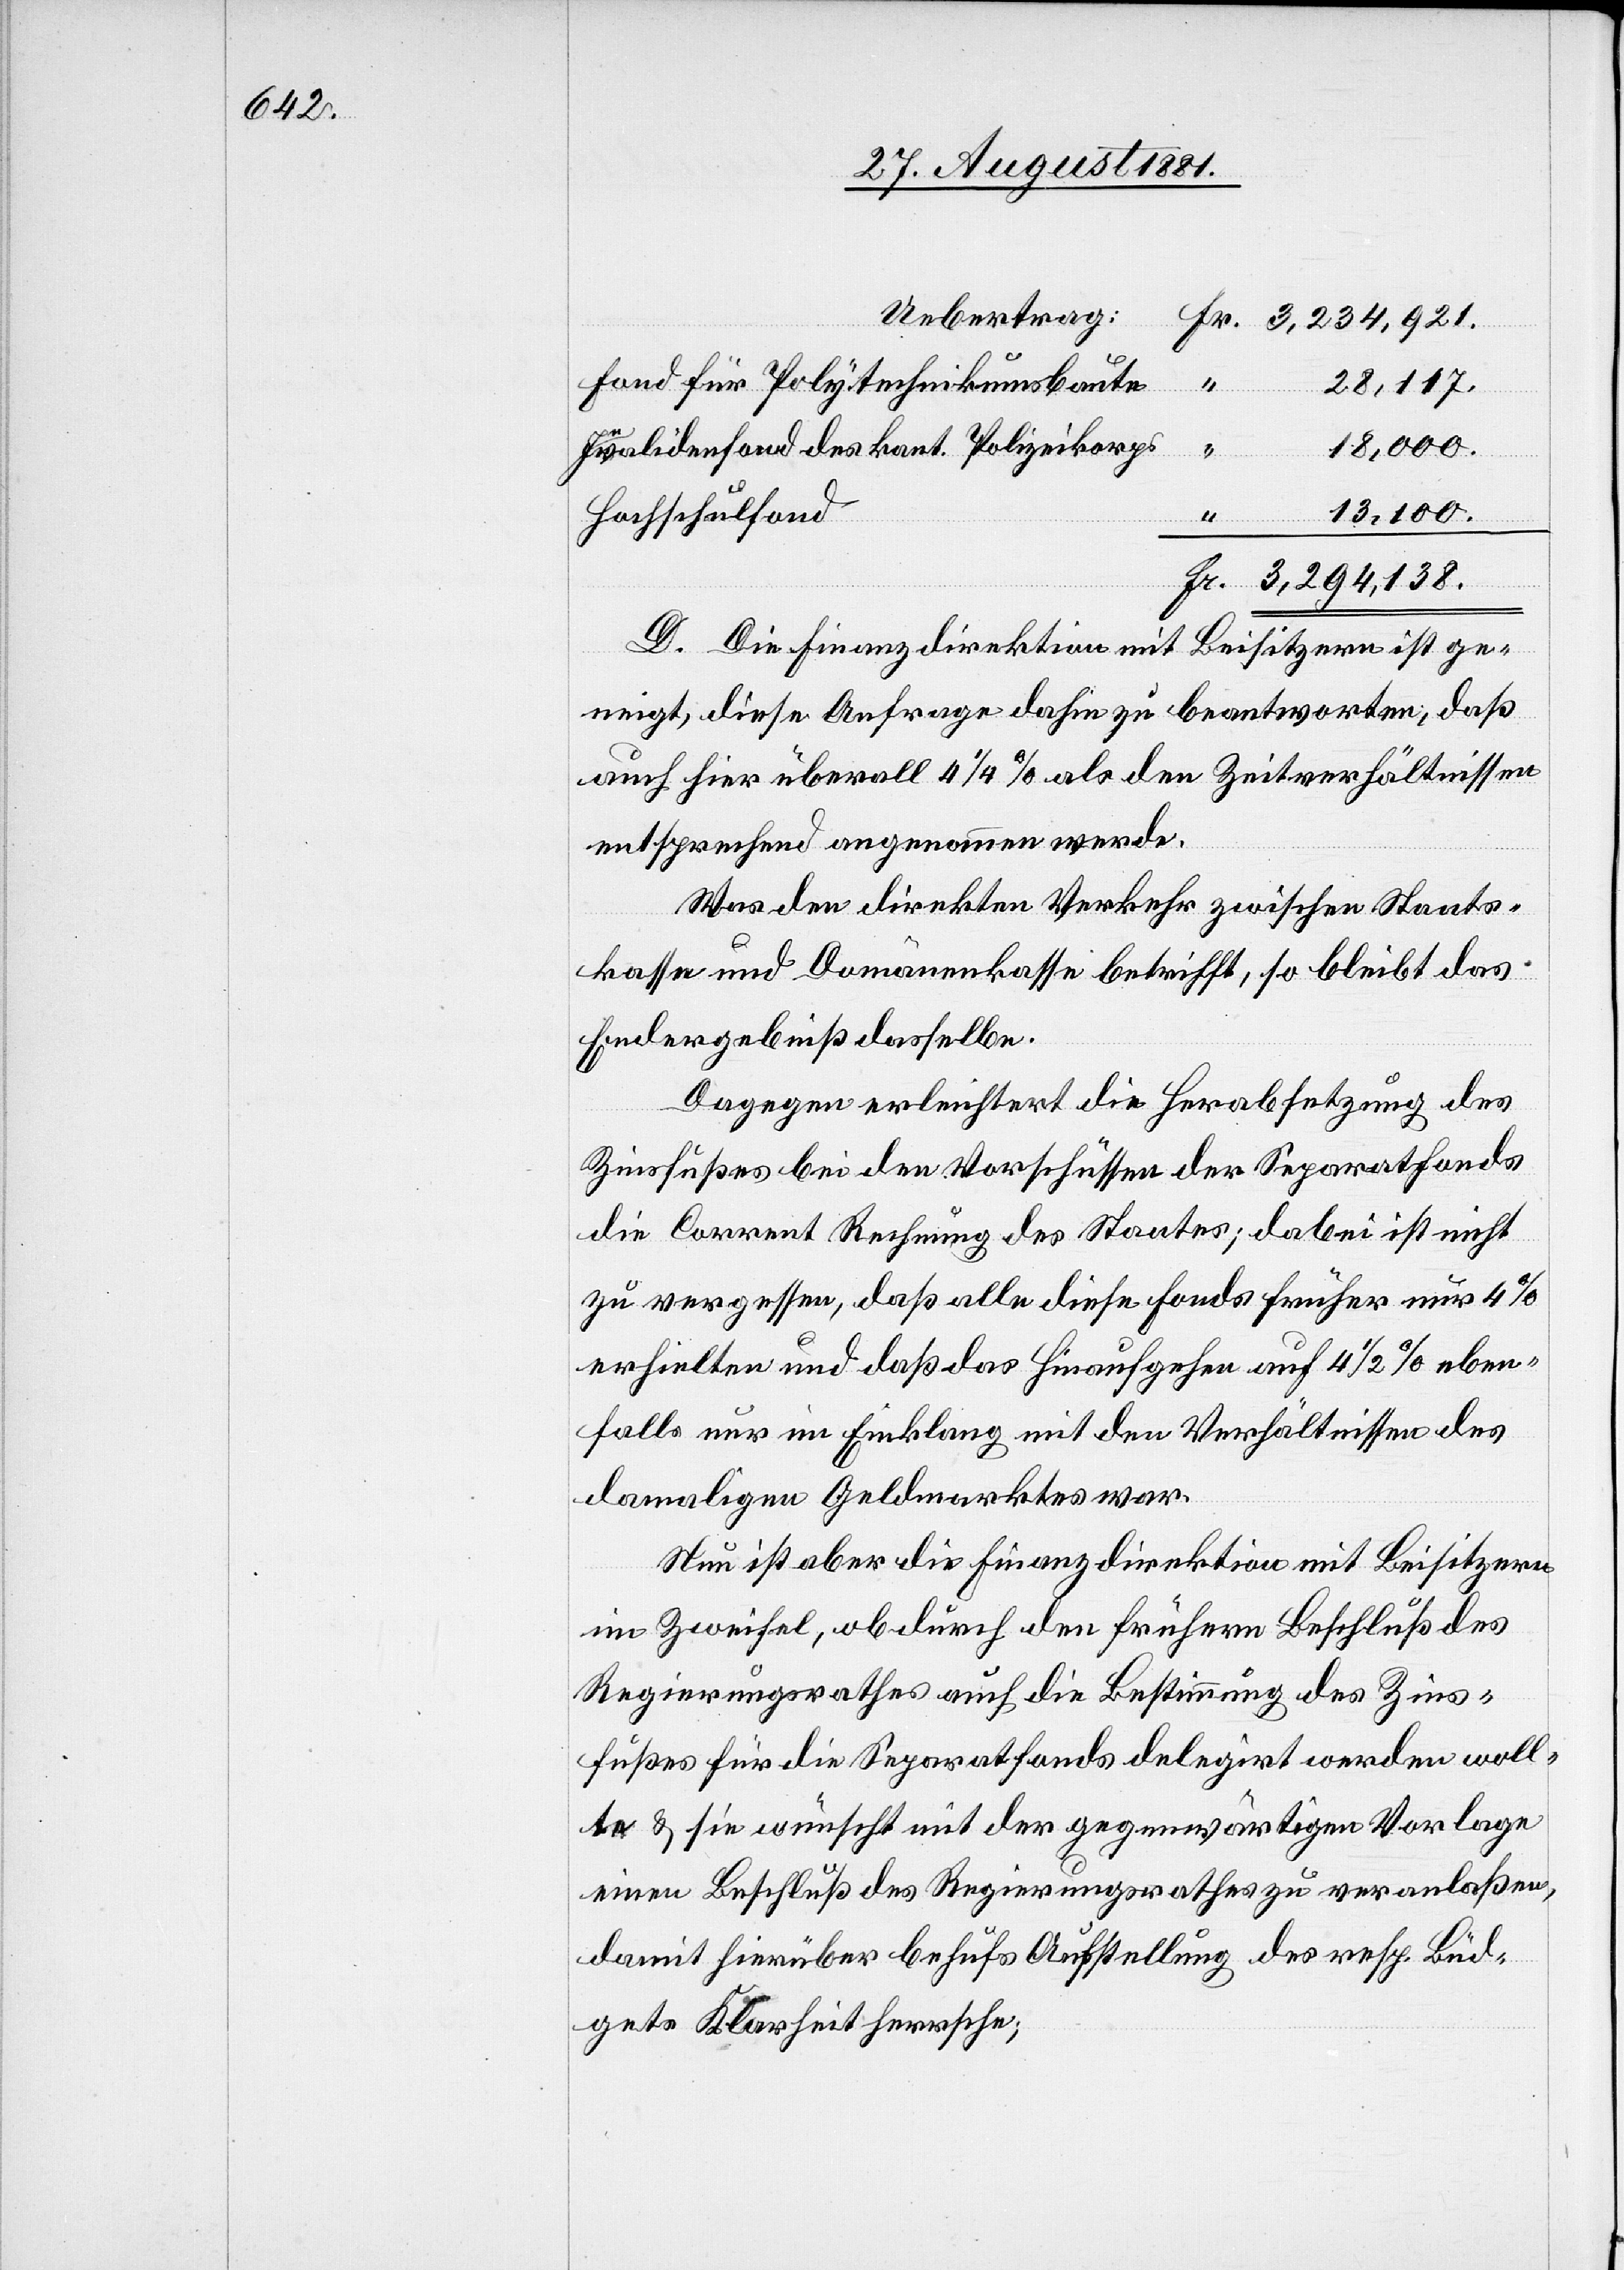
Uebertrag
Fond für Polytechnikumsbaute
28,117.
18,000.
Invalidenfond des kant. Polizeikorps
13,100
Hochschulfond
D. Die Finanzdirektion mit Beisitzern ist ge¬
neigt, diese Anfrage dahin zu beantworten, daß
auch hier überall 4 1/4% als den Zeitverhältnissen
Fr.
entsprechend angenommen werde.
Was den direkten Verkehr zwischen Staats¬
kasse und Domänenkasse betrifft, so bleibt das
Endergebniß dasselbe.
Dagegen erleichtert die Herabsetzung des
Zinsfußes bei den Vorschüssen der Separatfonds
die Corrent Rechnung des Staates; dabei ist nicht
zu vergessen, daß alle diese Fonds früher nur 4%
erhielten und daß das Hinaufgehen auf 4 1/2% eben¬
falls nur im Einklang mit den Verhältnissen des
damaligen Geldmarktes war.
Nun ist aber die Finanzdirektion mit Beisitzern
im Zweifel, ob durch den frühern Beschluß des
Regierungsrathes auch die Bestimmung des Zins¬
fußes für die Separatfonds delegirt werden woll¬
te & sie wünscht mit der gegenwärtigen Vorlage
einen Beschluß des Regierungsrathes zu veranlaßen,
damit hierüber behufs Aufstellung des resp. Büd¬
gets Klarheit herrsche;